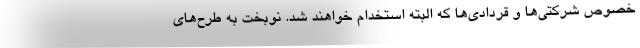
خصوص شرکتی‌ها و قردادی‌ها که البته استخدام خواهند شد. نوبخت به طرح‌های